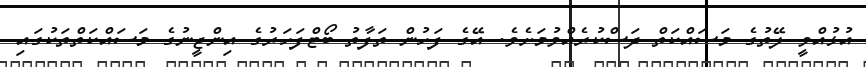
އުޅުއްވީ ލޭތުގެ މަސައްކަތް ދަސްކުރެއްވުމަށެވެ. އޭގެ ފަހުން ތަފާތު ބޯޓްފަހަރުގެ އިންޖީނުގެ މަސައްކަތްތަކުގައި